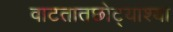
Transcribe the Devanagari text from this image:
वाटतातछोट्याश्या